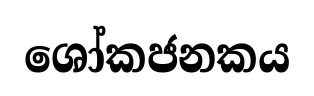
ශෝකජනකය